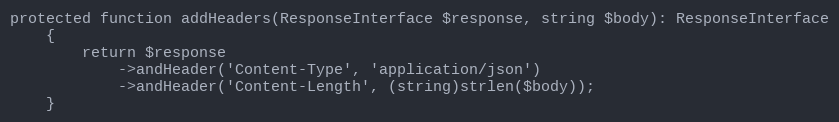
Language: PHP
protected function addHeaders(ResponseInterface $response, string $body): ResponseInterface
    {
        return $response
            ->andHeader('Content-Type', 'application/json')
            ->andHeader('Content-Length', (string)strlen($body));
    }